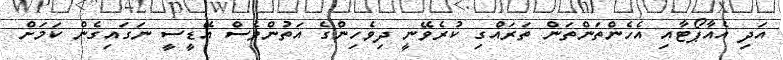
އަދި އެއާޕޯޓާއި އެހެންތަންތަން ތަރައްގި ކުރެވޭނީ ދިވެހިންގެ އަތުންވެސް އޭޑީސީ ނަގައިގެން ކަމަށް